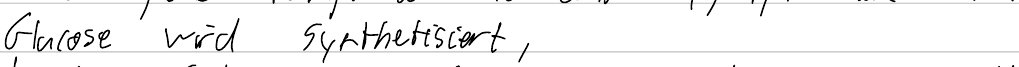
Glucose wird synthetisiert,